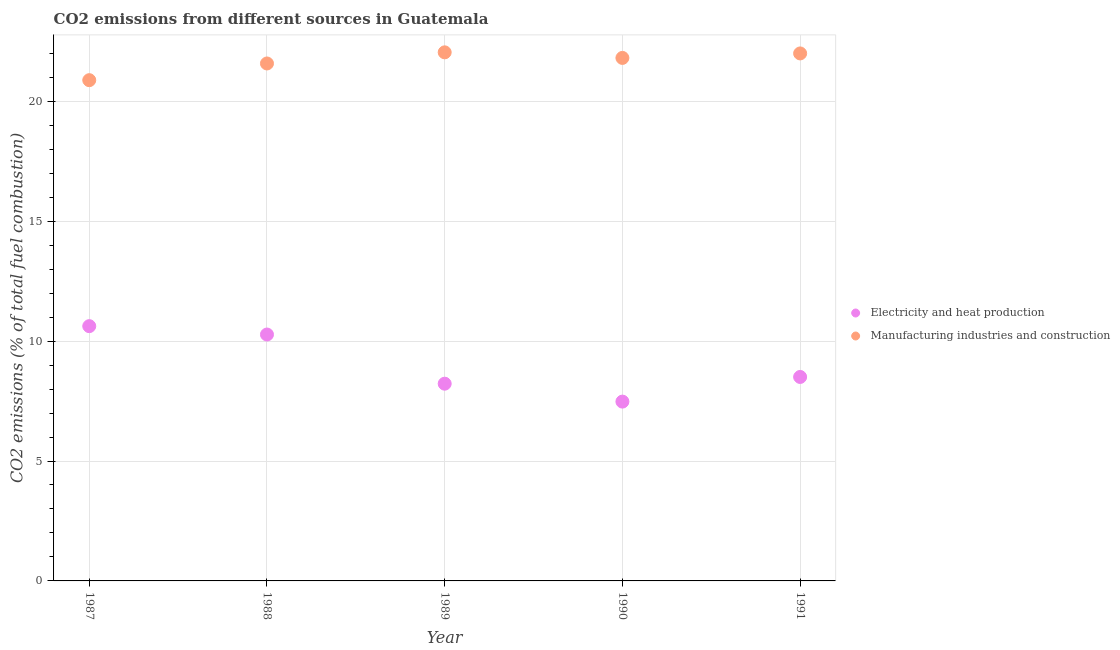
| Year | Electricity and heat production | Manufacturing industries and construction |
 | --- | --- | --- |
 | 1987 | 10.6 | 20.9 |
 | 1988 | 10.3 | 21.6 |
 | 1989 | 8.22 | 22 |
 | 1990 | 7.48 | 21.8 |
 | 1991 | 8.5 | 22 |